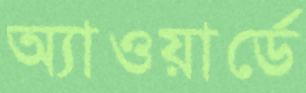
অ্যাওয়ার্ডে